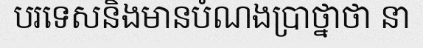
បរទេសនិងមានបំណងប្រាថ្នាថា នា